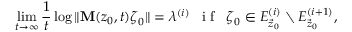
\operatorname* { l i m } _ { t \rightarrow \infty } \frac { 1 } { t } \log \Vert \mathbf { M } ( \boldsymbol { z } _ { 0 } , t ) \boldsymbol { \zeta } _ { 0 } \Vert = \lambda ^ { ( i ) } \enspace \textrm { i f } \enspace \boldsymbol { \zeta } _ { 0 } \in E _ { \vec { z } _ { 0 } } ^ { ( i ) } \setminus E _ { \vec { z } _ { 0 } } ^ { ( i + 1 ) } ,